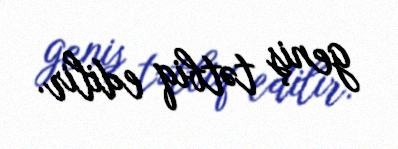
geniş tətbiq edilir.